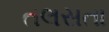
તલસતા